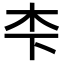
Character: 𪱱